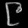
Digit: ၉